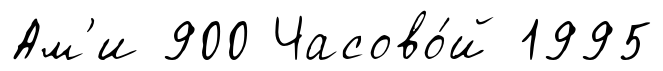
Ам'и 900 Часово́й 1995